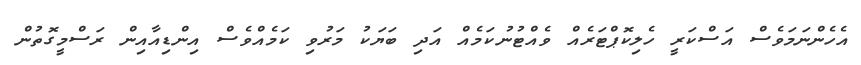
އެހެންނަމަވެސް އަސްކަރީ ހެލިކޮޕްޓަރެއް ވެއްޓުނުކަމެއް އަދި ބަޔަކު މަރުވި ކަމެއްވެސް އިންޑިއާއިން ރަސްމީގޮތުން